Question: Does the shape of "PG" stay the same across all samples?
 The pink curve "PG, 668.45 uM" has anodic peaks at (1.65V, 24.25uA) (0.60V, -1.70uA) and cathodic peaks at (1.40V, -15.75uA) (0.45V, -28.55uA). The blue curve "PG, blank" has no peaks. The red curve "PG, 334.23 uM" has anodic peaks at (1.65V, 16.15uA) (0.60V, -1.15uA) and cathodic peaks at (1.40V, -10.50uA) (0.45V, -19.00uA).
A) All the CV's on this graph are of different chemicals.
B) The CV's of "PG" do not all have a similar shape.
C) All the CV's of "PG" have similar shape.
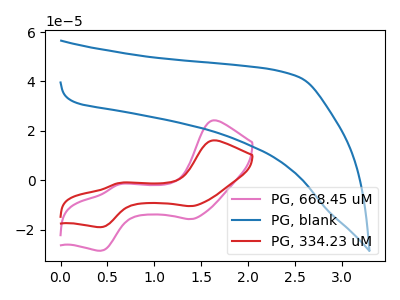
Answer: <think>"PG, 668.45 uM" and "PG, blank" have a different number of peaks. All the peaks in "PG, 668.45 uM" have a peak in "PG, 334.23 uM" at the same potential. "PG, blank" and "PG, 334.23 uM" have a different number of peaks.
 </think>
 <answer>C) All the CV's of "PG" have similar shape.</answer>
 <eval>C</eval>